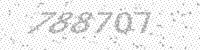
Solution: 788707